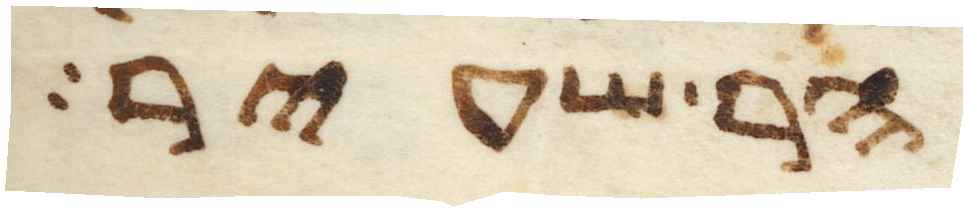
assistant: הר שעיר